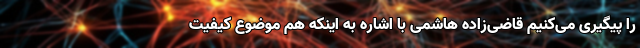
را پیگیری می‌کنیم قاضی‌زاده هاشمی با اشاره به اینکه هم موضوع کیفیت